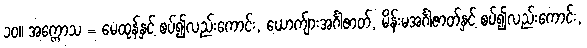
၁၀။ အက္ကောသ = မေထုန်နှင့် စပ်၍လည်းကောင်း, ယောက်ျားအင်္ဂါဇာတ်, မိန်းမအင်္ဂါဇာတ်နှင့် စပ်၍လည်းကောင်း,